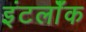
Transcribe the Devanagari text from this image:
इंटर्लॉक